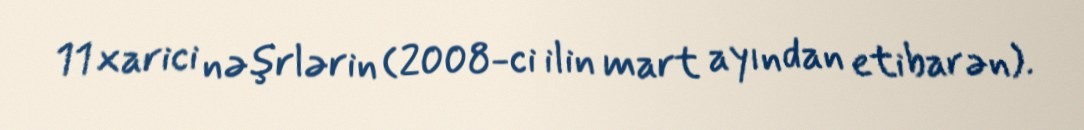
11 xarici nəşrlərin (2008-ci ilin mart ayından etibarən).